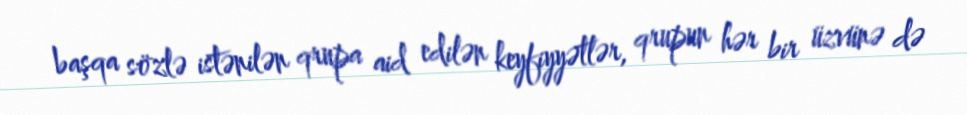
başqa sözlə istənilən qrupa aid edilən keyfiyyətlər, qrupun hər bir üzvünə də